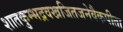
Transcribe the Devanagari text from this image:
शातकुम्भद्रवखजितजनेवैकपीता